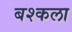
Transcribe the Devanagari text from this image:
बश्कला